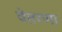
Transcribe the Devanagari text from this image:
वेतरणा